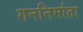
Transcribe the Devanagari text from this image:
गननिर्माता